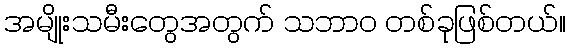
အမျိုးသမီးတွေအတွက် သဘာဝ တစ်ခုဖြစ်တယ်။